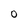
Character: O